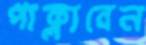
পাক্‌লাবেন